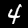
Digit: 4